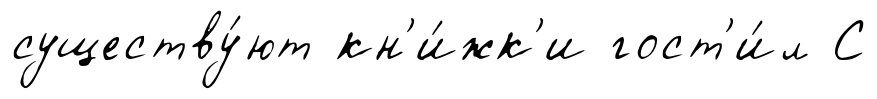
существу́ют кн'и́жк'и гост'и́л С